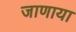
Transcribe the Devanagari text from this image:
जाणाया